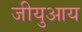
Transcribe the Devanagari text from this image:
जीयुआय